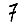
Digit: 7